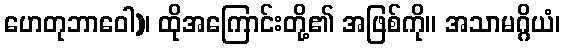
ဟေတုဘာဝေါ)၊ ထိုအကြောင်းတို့၏ အဖြစ်ကို။ အသာမဂ္ဂိယံ၊